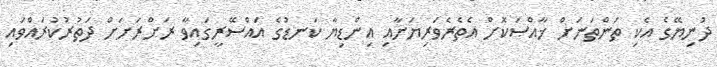
ދުނިޔޭގެ އެކި ތަންތަނަށް ޚާއްޞަކޮށް އެތެރެވަރިޔަށާއި އިންޑިޔާ ކަނޑުގެ އައްސޭރީގައިވާ ރަށްރަށަށް ދަތުރުކުރައްވައި